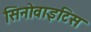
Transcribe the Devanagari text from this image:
सिनोवाइटिस